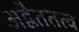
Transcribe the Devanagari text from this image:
अद्वैततत्व